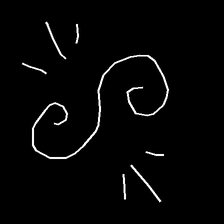
Glyph: wind-directs-air